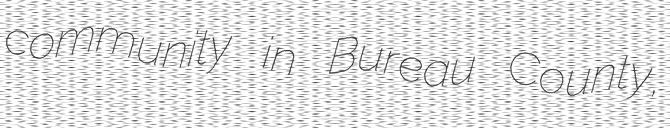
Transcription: community in Bureau County,